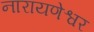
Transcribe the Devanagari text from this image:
नारायणेश्वर